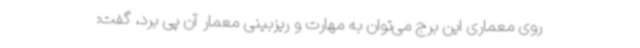
روی معماری این برج می‌توان به مهارت و ریزبینی معمار آن پی برد، گفت: